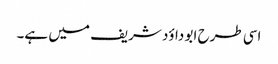
اسی طرح ابو داؤد شریف میں ہے۔